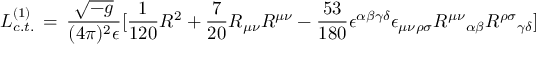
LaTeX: { \cal L } _ { c . t . } ^ { ( 1 ) } \, = \, { \frac { \sqrt { - g } } { ( 4 \pi ) ^ { 2 } \epsilon } } \lbrack { \frac { 1 } { 1 2 0 } } R ^ { 2 } + { \frac { 7 } { 2 0 } } R _ { \mu \nu } R ^ { \mu \nu } - { \frac { 5 3 } { 1 8 0 } } \epsilon ^ { \alpha \beta \gamma \delta } \epsilon _ { \mu \nu \rho \sigma } { R ^ { \mu \nu } } _ { \alpha \beta } { R ^ { \rho \sigma } } _ { \gamma \delta } \rbrack